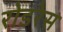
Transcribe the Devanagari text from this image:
रोडरेस